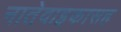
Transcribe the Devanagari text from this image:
नातेवाइकासह